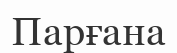
Парғана